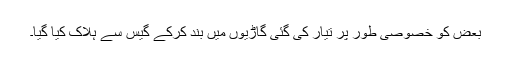
بعض کو خصوصی طور پر تیار کی گئی گاڑیوں میں بند کرکے گیس سے ہلاک کیا گیا۔